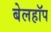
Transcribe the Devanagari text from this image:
बेलहॉप